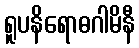
ရူပနိရောဓဂါမိနီ